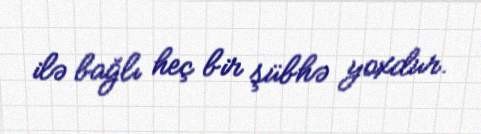
ilə bağlı heç bir şübhə yoxdur.